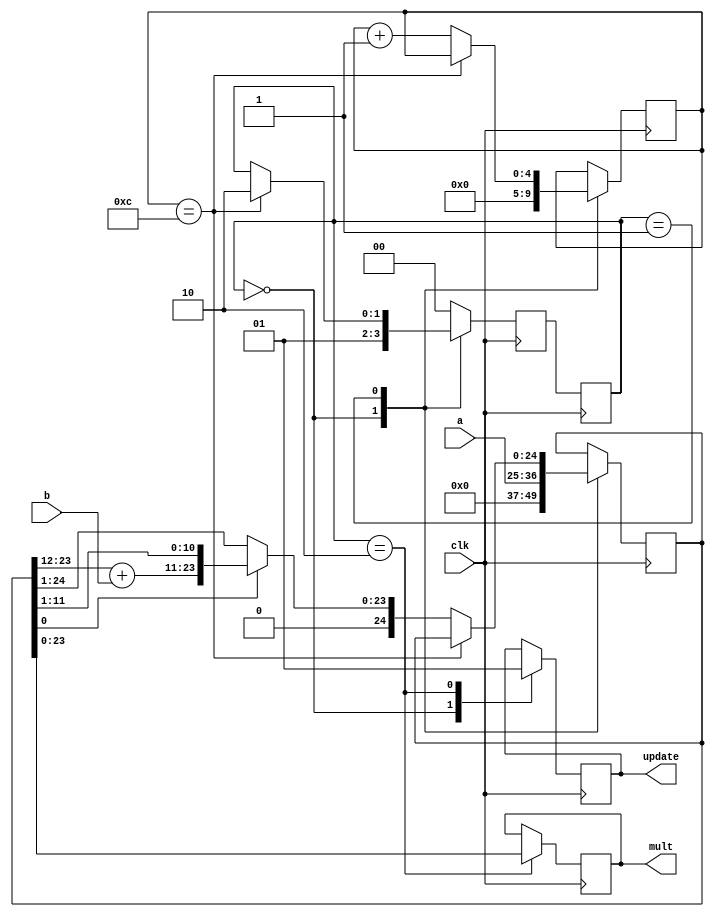
`timescale 1ns/100ps
/*
Filename      : Mult.v
Author        : Liam Crowley
Created       : Thu Nov  2 17:03:09 2023
INPUTS        : a
                b
                clk
OUTPUTS       : mult (a*b)
PARAMETERS    : m(width of a and b)

Description   : Parameterized sequential multiplier 
*/
module Mult #(parameter m = 12) 
 (
  // Outputs
  input [m-1:0]        a, b,
  input                clk,
  // Inputs
  output reg [2*m-1:0] mult,
  output reg           update
  ) ;
    reg [$clog2(m):0]  cnt;
    reg [2*m:0]        pA;
    
   localparam		s0 = 2'b00, //DATA LOAD
			s1 = 2'b01, //SEQUENTIAL ADDITION
			s2 = 2'b10, //DATA OUT
			s3_PLACEHOLDER = 2'b11;
   reg [1:0]		cState, nState;
   
   initial begin 
      cnt = 0;
      pA = 0;
      //sum = 0;
      cState = s0;
   end
   
   always @(posedge clk) begin
      cState <= nState;
      case (cState) 
	s0: begin
	   cnt <= 0;
	   pA <= {{m+1{1'b0}},a};
	   nState <= s1;
       update <= 1'b0;
	end
	s1: begin
	   // if(cnt==(m[$clog2(m)-1:0])) begin
	   if(cnt==m) begin
	      nState <= s2;
	   end
	   else begin : shift_thing
          reg dummy;
	      cnt<=cnt+1;
	      nState <= cState;
	      if(pA[0]) begin
		     {pA, dummy} <= {1'b0, {1'b0,pA[2*m-1:m]}+{1'b0,b},pA[m-1:0]};
	      end
	      else begin
             pA <= pA >> 1;
          end
	   end
	end
	s2: begin
	   mult <= pA[2*m-1:0];
       update <= 1'b1;
	   nState <= s0;
	end
	default: begin
	   nState <= s0;
	end 
      endcase
	  
   end
   /*
    * always @(posedge clk)
     begin
	if(cnt==12-1)//m[$clog2(m)-1:0]-1)
	  begin
	     cnt<=0;
	     pA<={{(m){1'b0}},a};
	  end
	else begin
	   if(pA[0]) begin
	      sum=pA[2*m-1:m]+b;
	      pA<={sum,pA[m-1:1]}>>1;
	   end
	   else pA<=pA>>1;
	   cnt <= cnt+1;
	end
     end
   always @ (pA) begin
      mult = pA[2*m-1:0];
   end
   
    */
   
endmodule // Mult